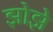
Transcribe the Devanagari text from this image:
झोझे